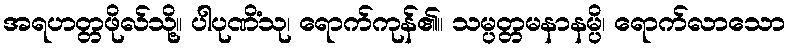
အရဟတ္တဖိုလ်သို့။ ပါပုဏိံသု၊ ရောက်ကုန်၏။ သမ္ပတ္တမနာနမ္ပိ၊ ရောက်လာသော